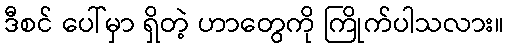
ဒီစင် ပေါ်မှာ ရှိတဲ့ ဟာတွေကို ကြိုက်ပါသလား။